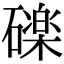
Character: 䃯